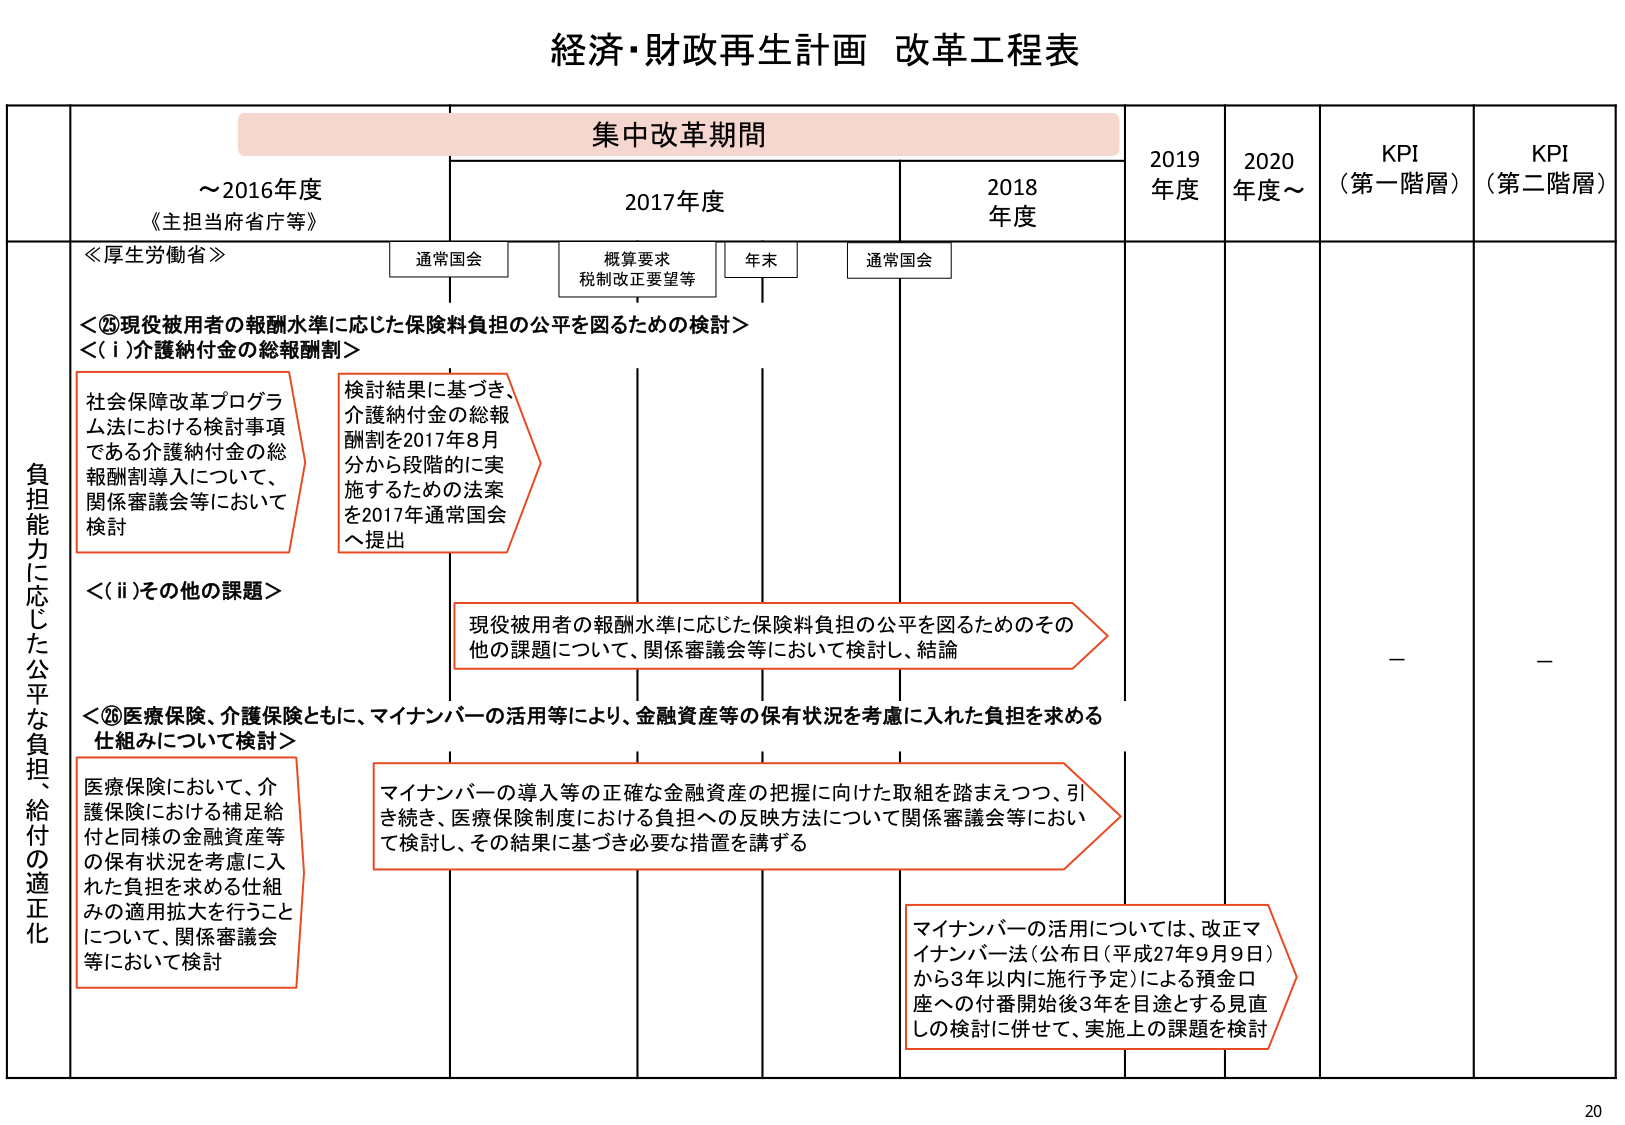
経済・財政再生計画 改革工程表

集中改革期間

～2016年度
《主担当府省庁等》

2017年度
通常国会
概算要求
税制改正要望等
年末
通常国会

2018年度

2019年度

2020年度～

KPI
（第一階層）

KPI
（第二階層）

≪厚生労働省≫

＜⑤現役被用者の報酬水準に応じた保険料負担の公平を図るための検討＞
＜(i)介護納付金の総報酬割＞
社会保障改革プログラム法における検討事項である介護納付金の総報酬割導入について、関係審議会等において検討

検討結果に基づき、介護納付金の総報酬割を2017年8月分から段階的に実施するための法案を2017年通常国会へ提出

＜(ii)その他の課題＞
現役被用者の報酬水準に応じた保険料負担の公平を図るためのその他の課題について、関係審議会等において検討し、結論

＜⑥医療保険、介護保険ともに、マイナンバーの活用等により、金融資産等の保有状況を考慮に入れた負担を求める仕組みについて検討＞
医療保険において、介護保険における補足給付と同様の金融資産等の保有状況を考慮に入れた負担を求める仕組みの適用拡大を行うことについて、関係審議会等において検討

マイナンバーの導入等の正確な金融資産の把握に向けた取組を踏まえつつ、引き続き、医療保険制度における負担への反映方法について関係審議会等において検討し、その結果に基づき必要な措置を講ずる

マイナンバーの活用については、改正マイナンバー法（公布日（平成27年9月9日）から3年以内に施行予定）による預金口座への付番開始後3年を目途とする見直しの検討に併せて、実施上の課題を検討

負担能力に応じた公平な負担、給付の適正化

－
－

20